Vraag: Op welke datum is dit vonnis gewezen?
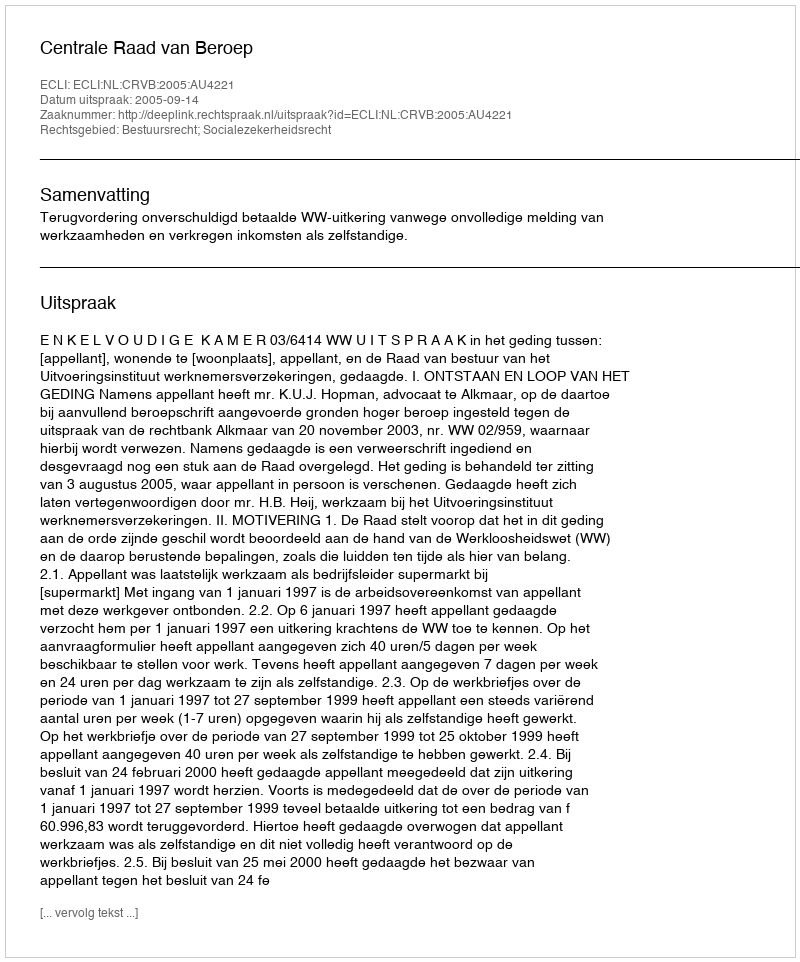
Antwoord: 2005-09-14